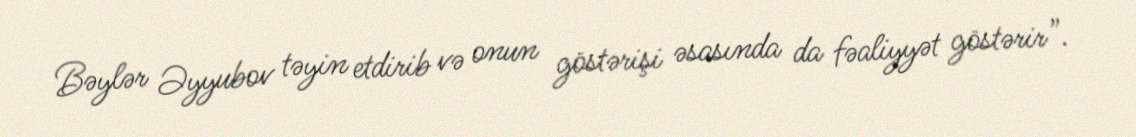
Bəylər Əyyubov təyin etdirib və onun göstərişi əsasında da fəaliyyət göstərir”.